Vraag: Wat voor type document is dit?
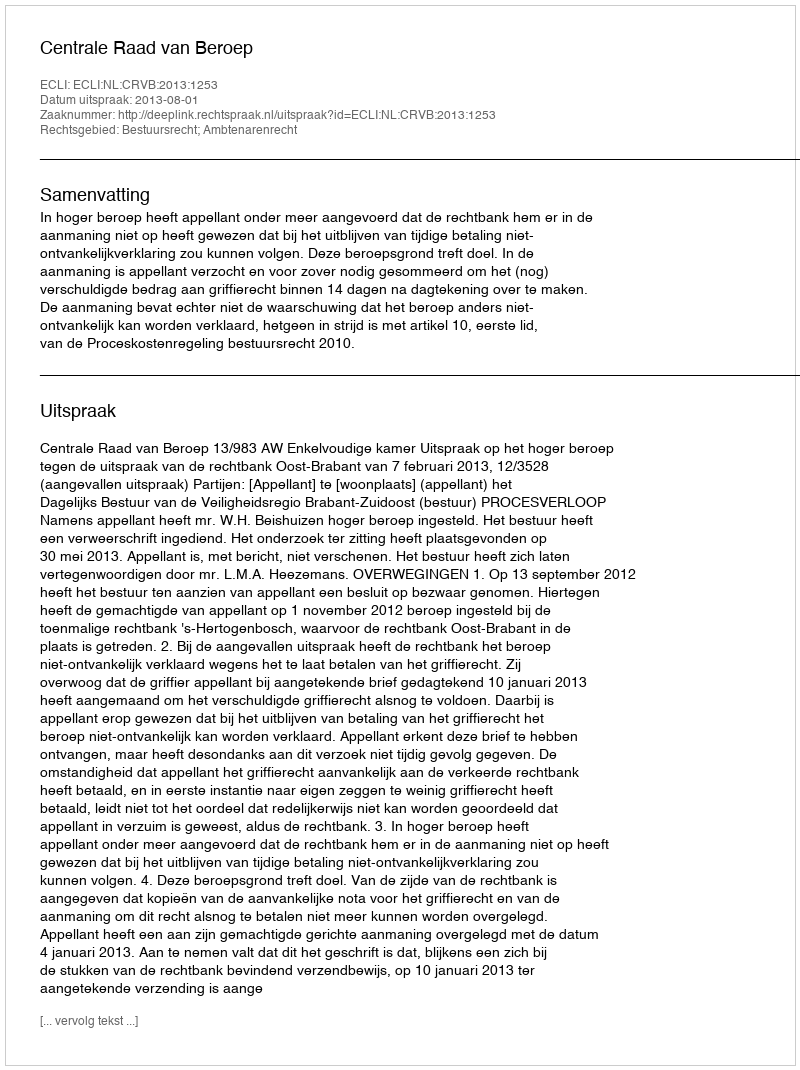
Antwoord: Uitspraak